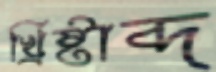
খ্রিষ্টাব্দ